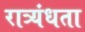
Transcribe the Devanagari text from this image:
रात्र्यंधता